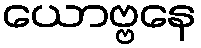
ယောဗ္ဗနေ